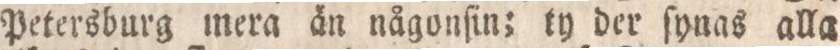
Petersburg mera än någonſin; ty der ſynas alla